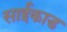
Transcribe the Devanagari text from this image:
साईकाड